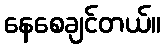
နေစေချင်တယ်။